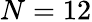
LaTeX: N=12